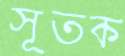
সূতক